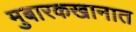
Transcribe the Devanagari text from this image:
मुबारकखानात